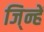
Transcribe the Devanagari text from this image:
जि्न्हें